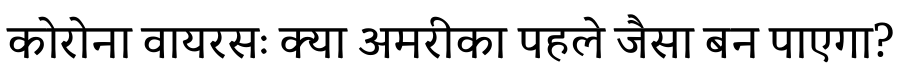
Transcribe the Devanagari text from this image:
कोरोना वायरसः क्या अमरीका पहले जैसा बन पाएगा?